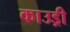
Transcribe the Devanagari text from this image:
काउड्री